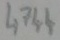
Text: 4744